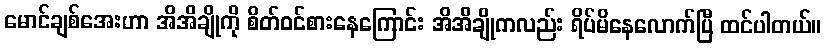
မောင်ချစ်အေးဟာ အိအိချိုကို စိတ်ဝင်စားနေကြောင်း အိအိချိုကလည်း ရိပ်မိနေလောက်ပြီ ထင်ပါတယ်။